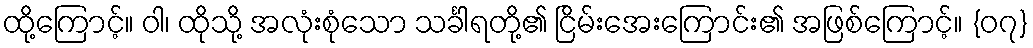
ထို့ကြောင့်။ ဝါ၊ ထိုသို့ အလုံးစုံသော သင်္ခါရတို့၏ ငြိမ်းအေးကြောင်း၏ အဖြစ်ကြောင့်။ {၀၇}